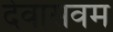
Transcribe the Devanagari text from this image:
देवासवम